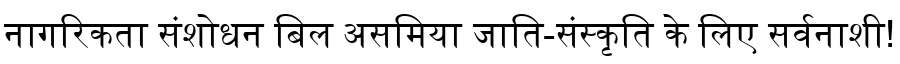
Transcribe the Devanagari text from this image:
नागरिकता संशोधन बिल असमिया जाति-संस्कृति के लिए सर्वनाशी!